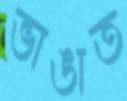
ভাঙাত